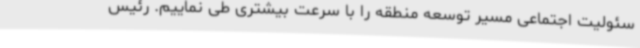
سئولیت اجتماعی مسیر توسعه منطقه را با سرعت بیشتری طی نماییم. رئیس